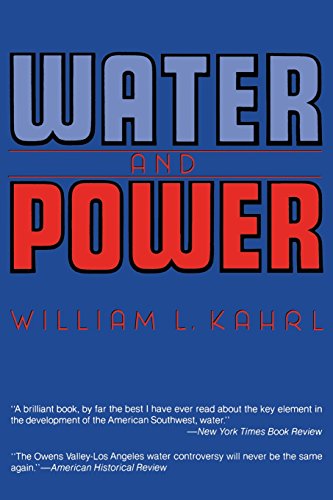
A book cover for Water and Power: The Conflict over Los Angeles Water Supply in the Owens Valley; William L. Kahrl; Science & Math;